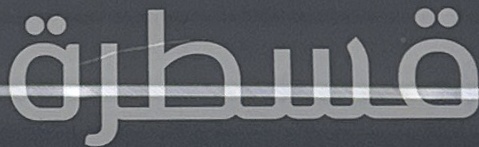
قسطرة